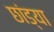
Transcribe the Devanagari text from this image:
छांड्या